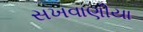
સખવાણીયા